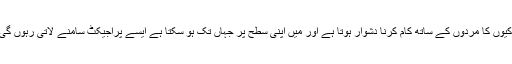
انہوں نے کہا کہ ہمارے معاشرے میں لڑکیوں کا مردوں کے ساتھ کام کرنا دشوار ہوتا ہے اور میں اپنی سطح پر جہاں تک ہو سکتا ہے ایسے پراجیکٹ سامنے لاتی رہوں گی جس سے غریب خاندانوں کی بھلائی ہو ۔